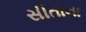
સીતાના